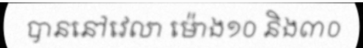
បាននៅវេលា ម៉ោង១០ និង៣០